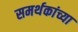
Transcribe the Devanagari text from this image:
समर्थकांच्या